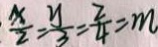
\frac { x } { 2 } = \frac { y } { 3 } = \frac { z } { 4 } = m